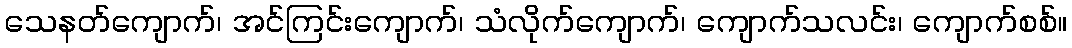
သေနတ်ကျောက်၊ အင်ကြင်းကျောက်၊ သံလိုက်ကျောက်၊ ကျောက်သလင်း၊ ကျောက်စစ်။